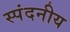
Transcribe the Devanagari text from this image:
स्पंदनीय